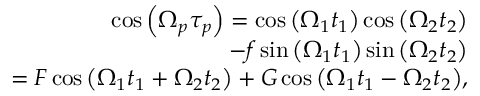
\begin{array} { r l r } & { } & { \cos { \left( { \Omega } _ { p } \tau _ { p } \right) } = \cos { \left( \Omega _ { 1 } t _ { 1 } \right) } \cos { \left( \Omega _ { 2 } t _ { 2 } \right) } } \\ & { } & { ~ ~ ~ ~ ~ ~ ~ ~ ~ ~ ~ ~ ~ ~ ~ - f \sin { \left( \Omega _ { 1 } t _ { 1 } \right) } \sin { \left( \Omega _ { 2 } t _ { 2 } \right) } } \\ & { } & { = F \cos { \left( \Omega _ { 1 } t _ { 1 } + \Omega _ { 2 } t _ { 2 } \right) } + G \cos { \left( \Omega _ { 1 } t _ { 1 } - \Omega _ { 2 } t _ { 2 } \right) } , } \end{array}